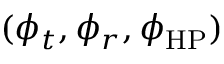
( \phi _ { t } , \phi _ { r } , \phi _ { \mathrm { H P } } )